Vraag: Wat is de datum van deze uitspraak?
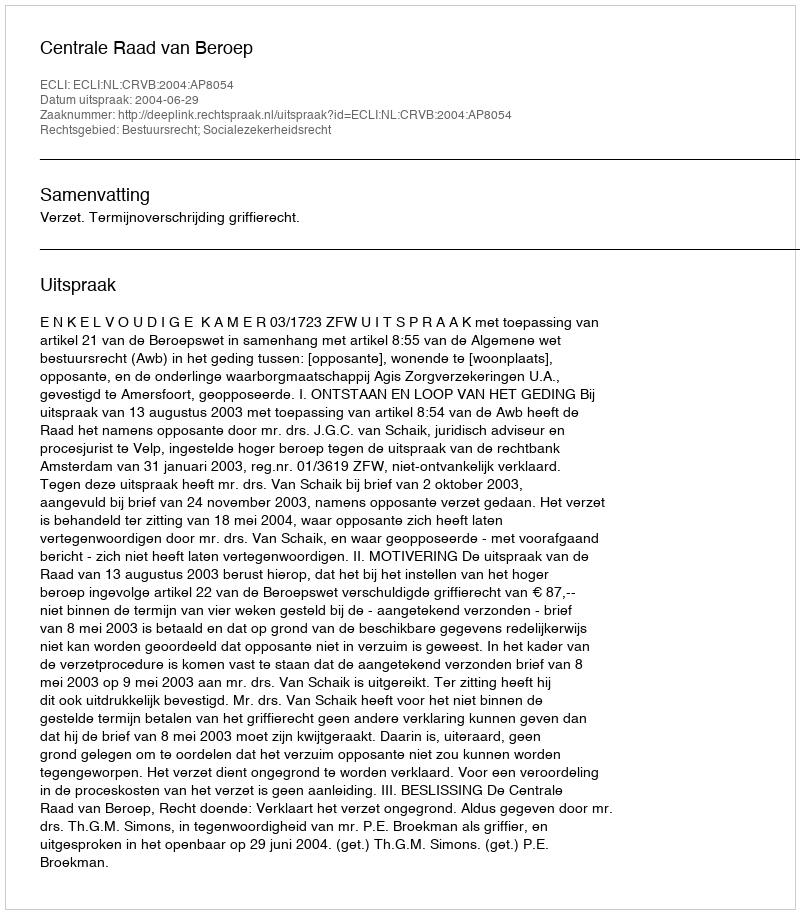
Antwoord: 2004-06-29